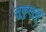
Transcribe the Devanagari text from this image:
लुकुलुकू